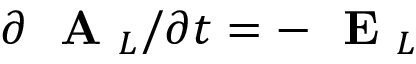
\partial \mathrm { ~ \bf ~ A ~ } _ { L } / \partial t = - \mathrm { ~ \bf ~ E ~ } _ { L }